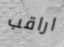
اراقب